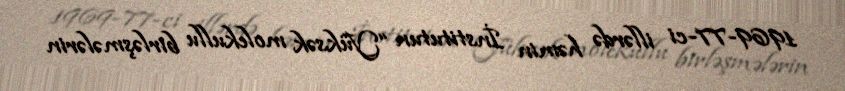
1969-77-ci illərdə həmin İnstitutun “Yüksək molekullu birləşmələrin